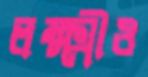
লক্ষ্মীও